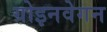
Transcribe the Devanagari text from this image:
ग्रोइनवेगन